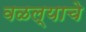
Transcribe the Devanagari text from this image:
वळल्याचे